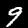
Label: 9